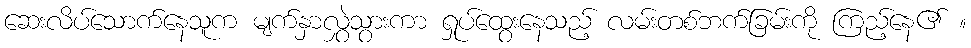
ဆေးလိပ်သောက်နေသူက မျက်နှာလွှဲသွားကာ ရှုပ်ထွေးနေသည့် လမ်းတစ်ဘက်ခြမ်းကို ကြည့်နေ၏ ။